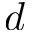
d